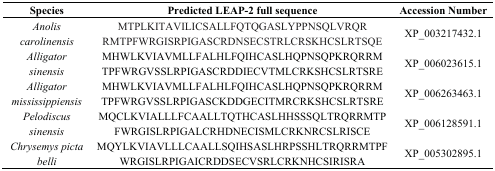
<table><thead><tr><td><b>Species</b></td><td><b>Predicted LEAP-2 full sequence</b></td><td><b>Accession Number</b></td></tr></thead><tbody><tr><td><i>Anolis carolinensis</i></td><td>MTPLKITAVILICSALLFQTQGASLYPPNSQLVRQRRMTPFWRGISRPIGASCRDNSECSTRLCRSKHCSLRTSQE</td><td>XP_003217432.1</td></tr><tr><td><i>Alligator sinensis</i></td><td>MHWLKVIAVMLLFALHLFQIHCASLHQPNSQPKRQRRMTPFWRGVSSLRPIGASCRDDIECVTMLCRKSHCSLRTSRE</td><td>XP_006023615.1</td></tr><tr><td><i>Alligator mississippiensis</i></td><td>MHWLKVIAVMLLFALHLFQIHCASLHQPNSQPKRQRRMTPFWRGVSSLRPIGASCKDDGECITMRCRKSHCSLRTSRE</td><td>XP_006263463.1</td></tr><tr><td><i>Pelodiscus sinensis</i></td><td>MQCLKVIALLLFCAALLTQTHCASLHHSSSQLTRQRRMTPFWRGISLRPIGALCRHDNECISMLCRKNRCSLRISCE</td><td>XP_006128591.1</td></tr><tr><td><i>Chrysemys picta belli</i></td><td>MQYLKVIAVLLLCAALLSQIHSASLHRPSSHLTRQRRMTPFWRGISLRPIGAICRDDSECVSRLCRKNHCSIRISRA</td><td>XP_005302895.1</td></tr></tbody></table>